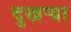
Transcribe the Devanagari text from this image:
दुखर्‍या